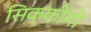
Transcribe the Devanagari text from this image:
सिक्कीमी